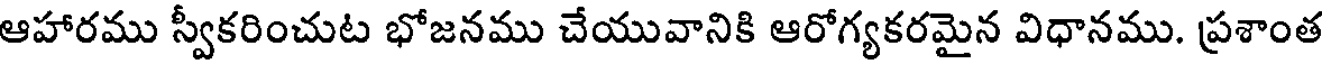
ఆహారము స్వీకరించుట భోజనము చేయువానికి ఆరోగ్యకరమైన విధానము. ప్రశాంత